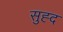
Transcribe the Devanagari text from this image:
सुह्द